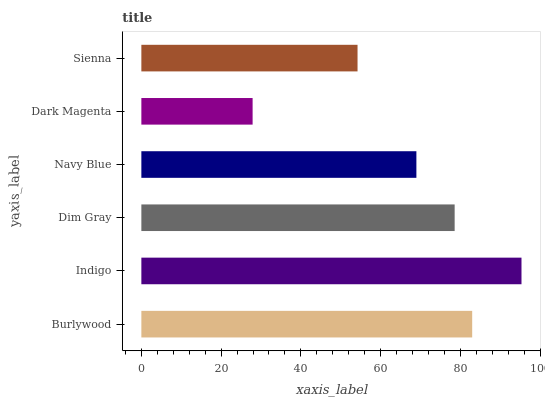
| yaxis_label | bars |
 | --- | --- |
 | Burlywood | 83 |
 | Indigo | 95.3 |
 | Dim Gray | 78.6 |
 | Navy Blue | 69 |
 | Dark Magenta | 27.9 |
 | Sienna | 54.2 |